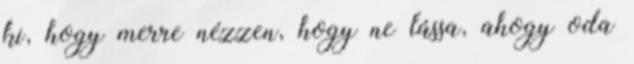
ki, hogy merre nézzen, hogy ne lássa, ahogy oda